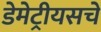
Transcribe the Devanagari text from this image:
डेमेट्रीयसचे